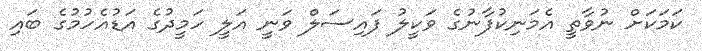
ކަމަކަށް ނުވާތީ އެމަނިކުފާނުގެ ވަކީލު ފައިސަލް ވަނީ އަލީ ހަމީދުގެ އަޑުއެހުމުގެ ބައި